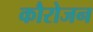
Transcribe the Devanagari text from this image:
कौरोजन